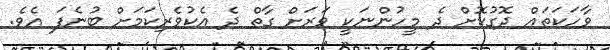
ވާހަކަތައް ދޮގުކޮށް ދެ މީހުންނަކީ ވަރަށް ގާތް ދެ އެކުވެރިކަމަށް ބުނެފަ އެވެ.